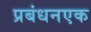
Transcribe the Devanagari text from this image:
प्रबंधनएक